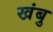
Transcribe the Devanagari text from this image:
खंबु